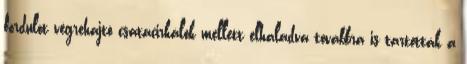
fordulót végrehajtó csatacirkálók mellett elhaladva továbbra is tartották a